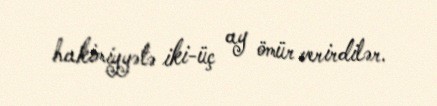
hakimiyyətə iki-üç ay ömür verirdilər.